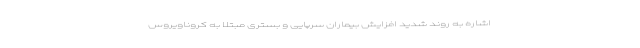
اشاره به روند شدید افزایش بیماران سرپایی و بستری مبتلا به کروناویروس